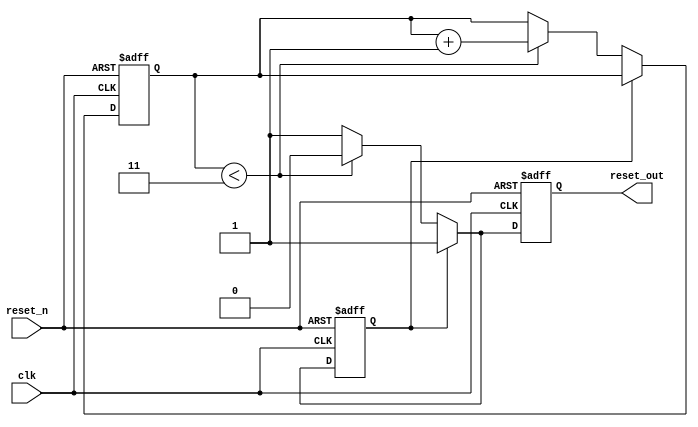
module PowerOnReset (
    input wire clk,           // Clock signal
    input wire reset_n,      // Active-low reset signal
    output reg reset_out     // Output reset signal
);

    // Parameter to define the duration of the Power-On Reset in clock cycles
    parameter POR_DURATION = 4; // Adjust as needed

    // State variable to count the number of clock cycles
    reg [1:0] count; // 2-bit counter for up to 4 clock cycles
    reg por_active;   // Indicates if the Power-On Reset is active

    // Initial block to set the initial state
    initial begin
        reset_out = 1'b1; // Reset is high (not in reset)
        count = 2'b00;    // Initialize counter
        por_active = 1'b0; // Power-On Reset not active
    end

    // Sequential logic to handle reset and power-on reset
    always @(posedge clk or negedge reset_n) begin
        if (!reset_n) begin
            // If reset_n is asserted, drive reset_out low
            reset_out <= 1'b0;
            count <= 2'b00; // Reset counter
            por_active <= 1'b0; // Reset Power-On Reset state
        end else begin
            if (!por_active) begin
                // If Power-On Reset is not active, start the timer
                reset_out <= 1'b0; // Keep reset_out low
                if (count < POR_DURATION - 1) begin
                    count <= count + 1; // Increment counter
                end else begin
                    // After the duration, release the reset
                    reset_out <= 1'b1; // Release reset
                    por_active <= 1'b1; // Mark Power-On Reset as complete
                end
            end else begin
                // Once Power-On Reset is complete, maintain normal operation
                reset_out <= 1'b1; // Ensure reset_out is high
            end
        end
    end

endmodule